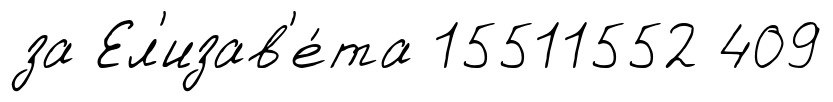
за Ел'изав'е́та 15511552 409